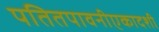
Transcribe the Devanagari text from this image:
पतितपावनीएकादशी